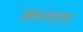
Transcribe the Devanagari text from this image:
साधण्या